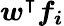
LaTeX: \boldsymbol{w^{\intercal}f_{i}}